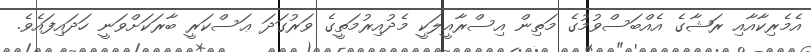
އެމެރިކާއާއި ރަޝާގެ އެއްބަސްވުމުގެ މަތިން އިސްރާއީލަކީ މެދުއިރުމަތީގެ ވަރުގަދަ ޢަސްކަރީ ބާރަކަށްވަނީ ހަދައިފައެވެ.